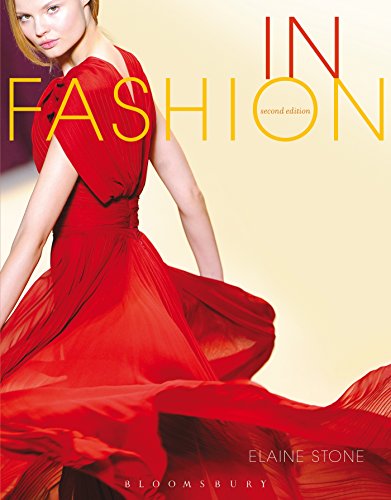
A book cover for In Fashion; Elaine Stone; Arts & Photography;